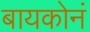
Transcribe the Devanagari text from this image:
बायकोनं